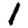
Digit: 1